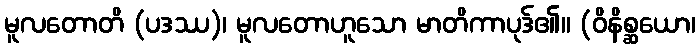
မူလတောတိ (ပဒဿ)၊ မူလတောဟူသော မာတိကာပုဒ်၏။ (ဝိနိစ္ဆယော၊